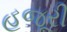
હજૂરી